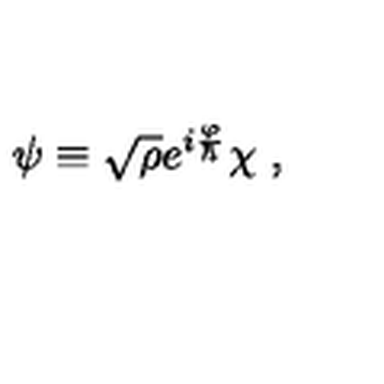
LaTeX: \psi \equiv \sqrt { \rho } e ^ { i \frac \varphi \hbar } \chi \ ,